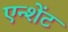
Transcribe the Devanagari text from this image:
एन्शेंट